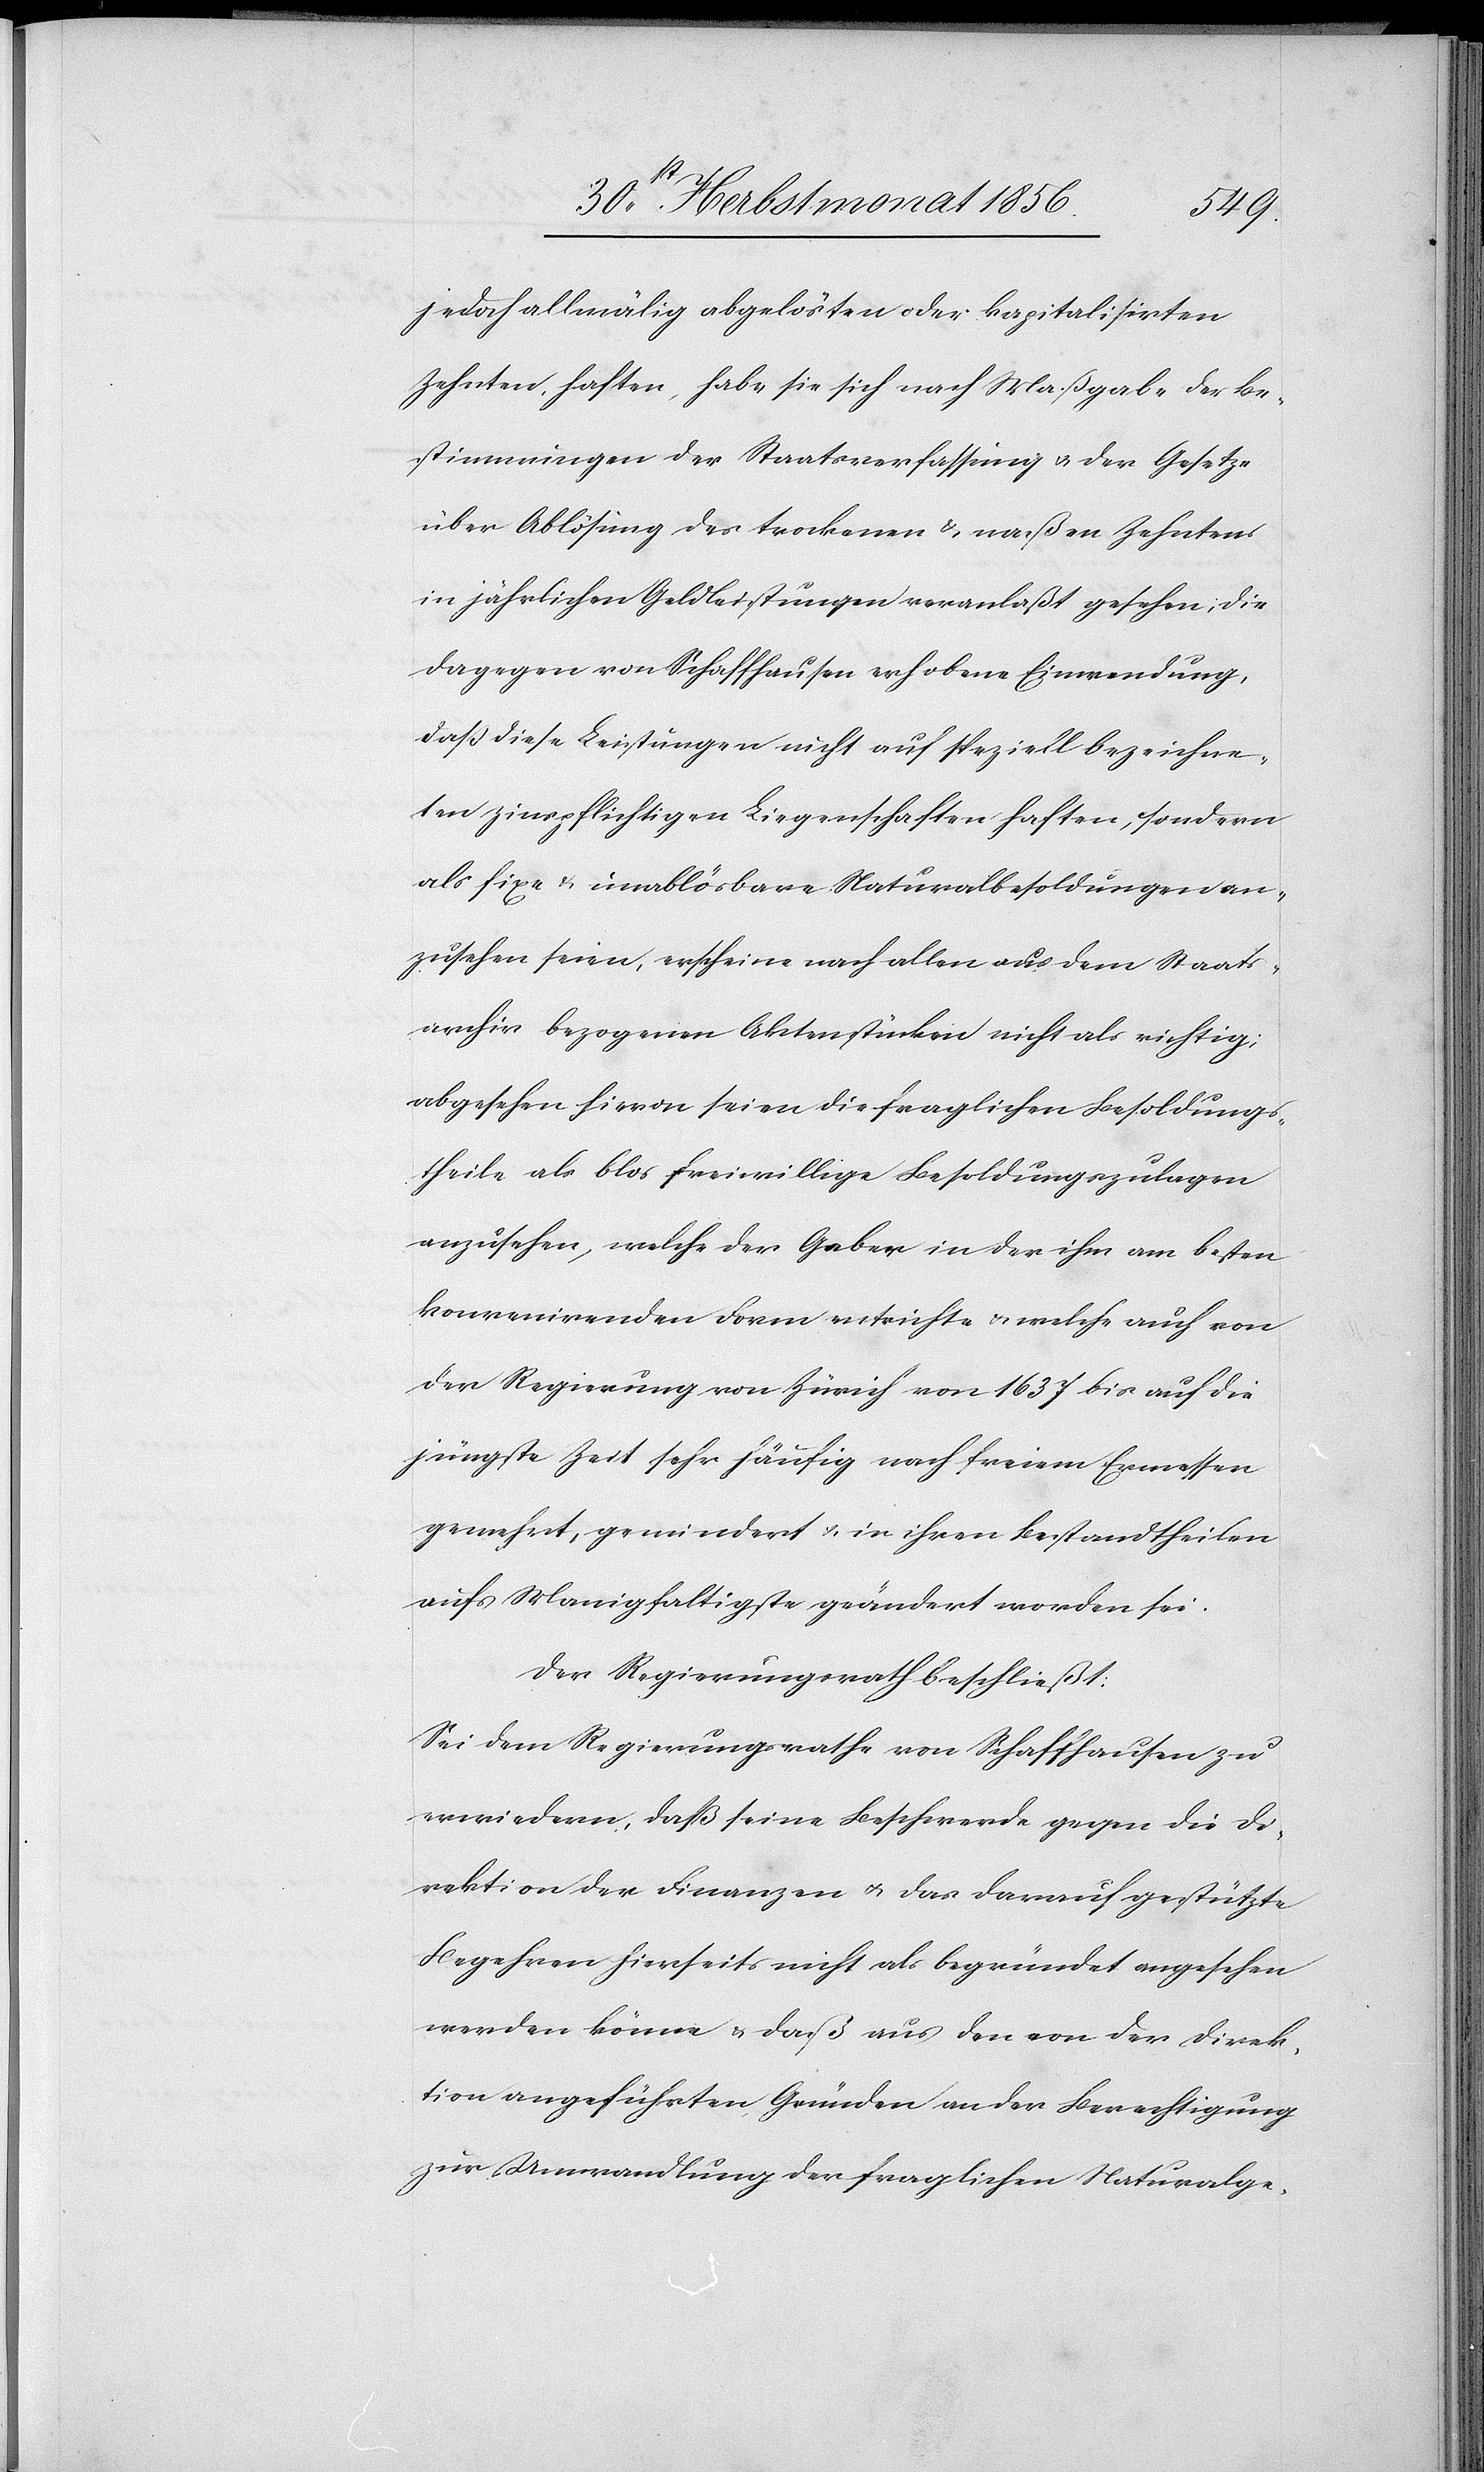
jedoch allmälig abgelösten oder kapitalisirten
Zehnten, haften, habe sie sich nach Maßgabe der Be¬
stimmungen der Staatsverfassung u. der Gesetze
über Ablösung des trockenen & naßen Zehntens
in jährlichen Geldleistungen veranlaßt gesehen; die
dagegen von Schaffhausen erhobene Einwendung,
dass diese Leistungen nicht auf speziell bezeichne¬
ten zinspflichtigen Liegenschaften haften, sondern
als fixe & unablösbare Naturalbesoldungen an¬
zusehen seien, erscheine nach allen aus dem Staats¬
archiv bezogenen Aktenstücken nicht als richtig;
abgesehen hievon seien die fraglichen Besoldungs¬
theile als blos freiwillige Besoldungszulagen
anzusehen, welche der Geber in der ihm am besten
konvenirenden Form entrichte & welche auch von
der Regierung von Zürich von 1637 bis auf die
jüngste Zeit sehr häufig nach freiem Ermessen
gemehrt, gemindert & in ihren Bestandtheilen
aufs Manigfaltigste geändert worden sei.
Der Regierungsrath beschließt:
Sei dem Regierungsrathe von Schaffhausen zu
erwiedern, daß seine Beschwerde gegen die Di¬
rektion der Finanzen u. das darauf gestützte
Begehren hierseits nicht als begründet angesehen
werden könne & daß aus den von der Direk¬
tion angeführten Gründen an der Berechtigung
zur Umwandlung der fraglichen Naturalge-